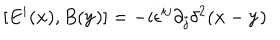
[ E ^ { i } ( { \bf x } ) , B ( { \bf y } ) ] = - i \epsilon ^ { i j } \partial _ { j } \delta ^ { 2 } ( { \bf x } - { \bf y } )